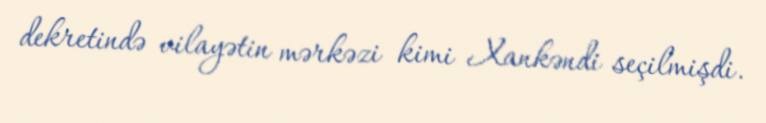
dekretində vilayətin mərkəzi kimi Xankəndi seçilmişdi.